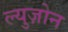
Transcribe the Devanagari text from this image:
ल्युज़ोन